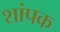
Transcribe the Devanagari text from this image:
शांपक